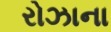
રોઝાના